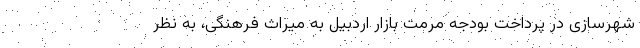
شهرسازی در پرداخت بودجه مرمت بازار اردبیل به میراث فرهنگی، به نظر